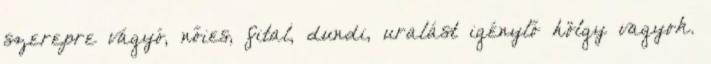
szerepre vágyó, nőies, fital, dundi, uralást igénylő hölgy vagyok.